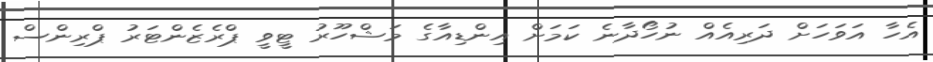
އެހާ އަވަހަށް ދަރިއެއް ނުހޯދާނެ ކަމަށް އިންޑިއާގެ މަޝްހޫރު ޓީވީ ޕްރެޒެންޓަރު ޕްރިންސް